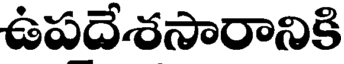
ఉపదేశసారానికి